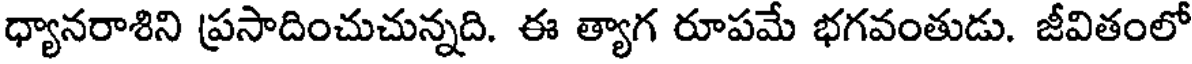
ధ్యానరాశిని ప్రసాదించుచున్నది. ఈ త్యాగ రూపమే భగవంతుడు. జీవితంలో